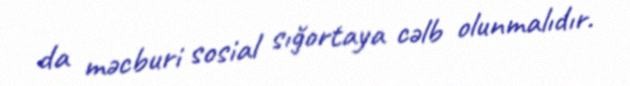
da məcburi sosial sığortaya cəlb olunmalıdır.